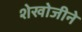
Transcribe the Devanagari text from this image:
शेखोजीने